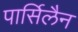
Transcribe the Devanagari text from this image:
पार्सिलैन